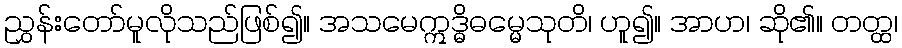
ညွှန်းတော်မူလိုသည်ဖြစ်၍။ အသမေဣဒ္ဓိဓမ္မေသုတိ၊ ဟူ၍။ အာဟ၊ ဆို၏။ တတ္ထ၊